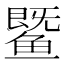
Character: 𬶨